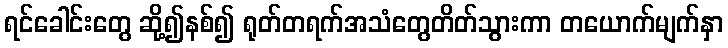
ရင်ခေါင်းတွေ ဆို့၍နစ်၍ ရုတ်တရက်အသံတွေတိတ်သွားကာ တယောက်မျက်နှာ